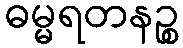
ဓမ္မရတနဉ္စ